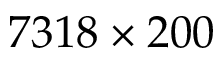
7 3 1 8 \times 2 0 0